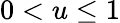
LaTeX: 0<u\leq 1